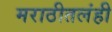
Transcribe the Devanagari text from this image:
मराठीतलंही